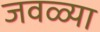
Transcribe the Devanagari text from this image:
जवळ्या